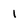
Character: 1